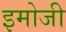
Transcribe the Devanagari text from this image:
इमोजी